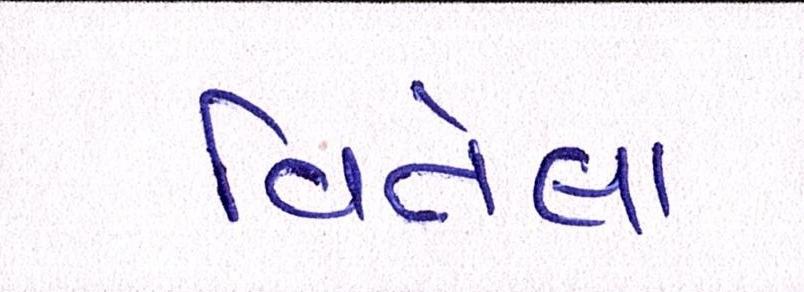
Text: વિતેલા